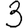
Digit: 3